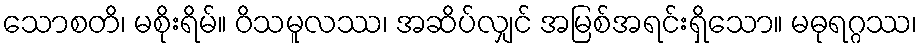
သောစတိ၊ မစိုးရိမ်။ ဝိသမူလဿ၊ အဆိပ်လျှင် အမြစ်အရင်းရှိသော။ မဓုရဂ္ဂဿ၊